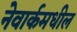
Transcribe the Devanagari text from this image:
नेवार्कमधील